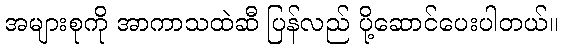
အများစုကို အာကာသထဲဆီ ပြန်လည် ပို့ဆောင်ပေးပါတယ်။